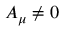
A _ { \mu } \ne 0